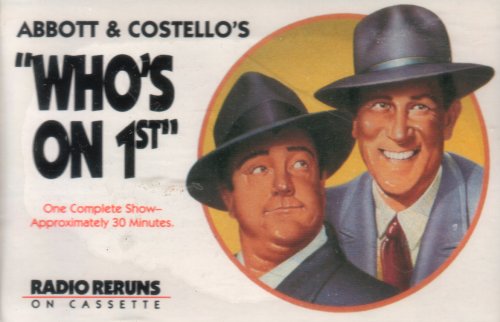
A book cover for Abbott & Costellos Whos on 1st: One Complete Show Approximately 30 Minutes: Radio Reruns on Cassette #0481928 (1978 Edition, Metacom Inc.); Abbott & Costello; Humor & Entertainment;